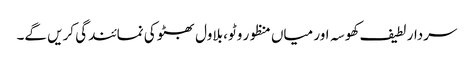
سردار لطیف کھوسہ اور میاں منظور وٹو، بلاول بھٹو کی نمائندگی کریں گے۔